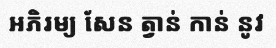
អភិរម្យ សែន ត្វាន់ កាន់ នូវ